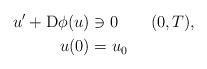
LaTeX: \begin{align*}u^{\prime}+\mathrm{D}\phi(u) & \ni0 \qquad(0,T),\\u(0) & =u_{0}\end{align*}